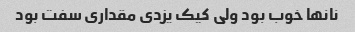
نانها خوب بود ولی کیک یزدی مقداری سفت بود